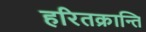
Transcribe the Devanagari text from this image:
हरितक्रान्ति